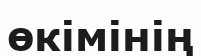
өкімінің